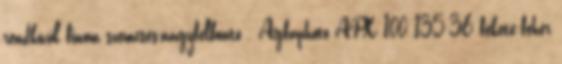
rendkívül finom szemcsés,nagyfelbontó . Agfaphoto APX 100 135-36 fekete-fehér